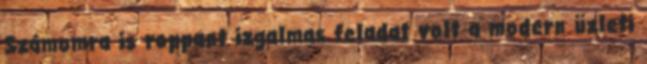
Számomra is roppant izgalmas feladat volt a modern üzleti